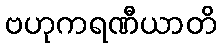
ဗဟုကရဏီယာတိ